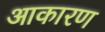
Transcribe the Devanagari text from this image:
आकारण